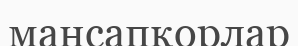
мансапқорлар